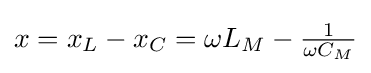
{\textstyle x=x_{L}-x_{C}=\omega L_{M}-{\frac {1}{\omega C_{M}}}}